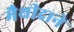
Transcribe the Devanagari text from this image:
मैथीदाने